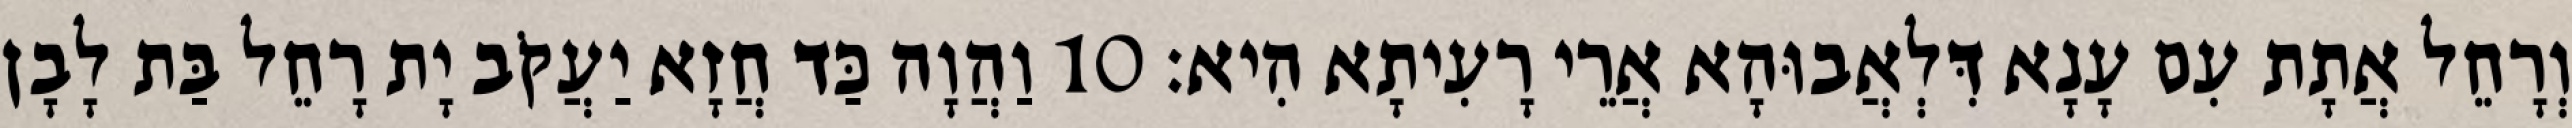
וְרָחֵל אֲתָת עִם עָנָא דִּלְאֲבוּהָא אֲרֵי רָעִיתָא הִיא׃ 10 וַהֲוָה כַּד חֲזָא יַעֲקֹב יָת רָחֵל בַּת לָבָן